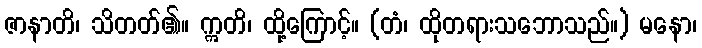
ဇာနာတိ၊ သိတတ်၏။ ဣတိ၊ ထို့ကြောင့်။ (တံ၊ ထိုတရားသဘောသည်။) မနော၊